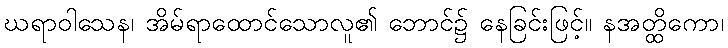
ဃရာဝါသေန၊ အိမ်ရာထောင်သောလူ၏ ဘောင်၌ နေခြင်းဖြင့်။ နအတ္ထိကော၊